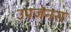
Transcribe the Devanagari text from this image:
उपजेनरा